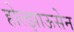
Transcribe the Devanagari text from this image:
होल्झाऊसेन